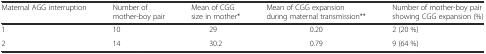
| Maternal AGG interruption | Number of mother-boy pair | Mean of CGG size in mother* | Mean of CGG expansion during maternal transmission** | Number of mother-boy pair showing CGG expansion (%) |
 | --- | --- | --- | --- | --- |
 | 1 | 10 | 29 | 0.20 | 2 (20 %) |
 | 2 | 14 | 30.2 | 0.79 | 9 (64 %) |